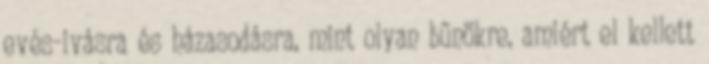
evés-ivásra és házasodásra, mint olyan bűnökre, amiért el kellett